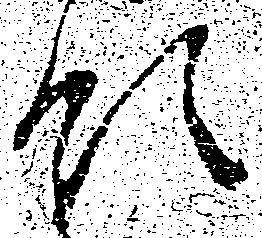
領